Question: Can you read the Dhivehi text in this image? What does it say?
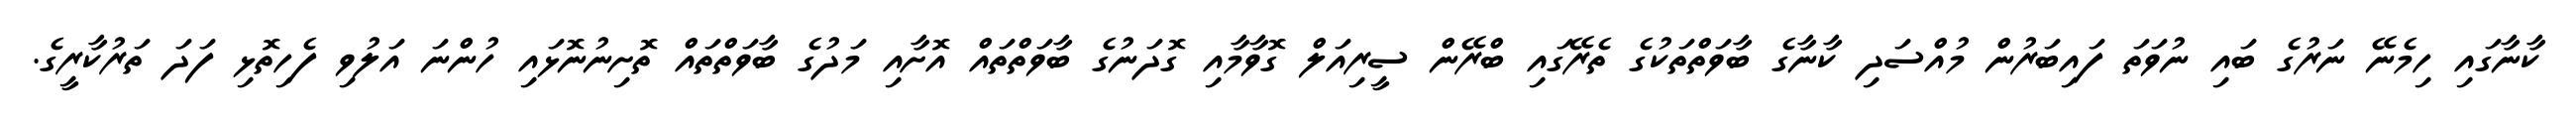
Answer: ކާނާގައި ހިމެނޭ ނަރުގެ ބައި ނުވަތަ ފައިބަރުން މުއްސަދި ކާނާގެ ބާވަތްތަކުގެ ތެރޭގައި ބްރޭން ސީރިއަލް ގޮވާމާއި ގޮދަނުގެ ބާވަތްތައް އޮށާއި މަދުގެ ބާވަތްތައް ތޮށިނުނޮޅައި ހުންނަ އަލުވި ފެހިތޮޅި ފަދަ ތަރުކާރީގެ.